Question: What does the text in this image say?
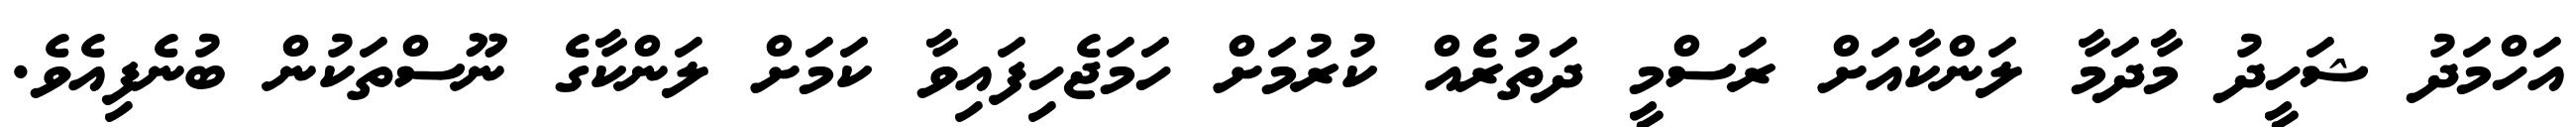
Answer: އަހްމަދު ޝަހީދު މާދަމާ ލަންކާއަށް ރަސްމީ ދަތުރެއް ކުރުމަށް ހަމަޖެހިފައިވާ ކަމަށް ލަންކާގެ ނޫސްތަކުން ބުނެފިއެވެ.